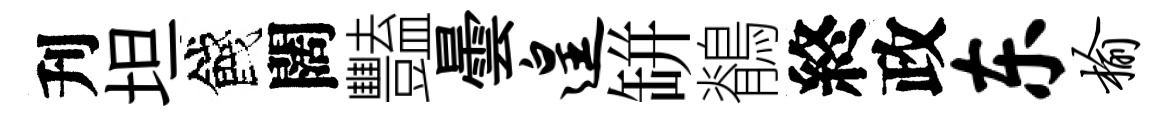
刋坦餞闊豔曇遑缾鶺終政东榆